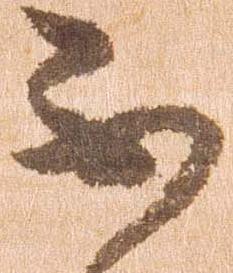
不